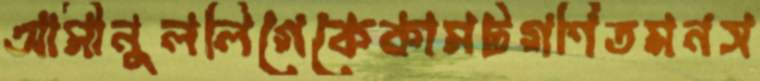
আমীনুললিগেকেকামটগণিতমনস